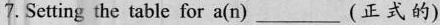
7. Setting the table for a(n)_(正 式的)